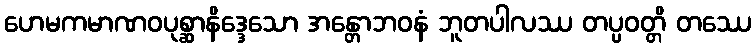
ဟေမကမာဏဝပုစ္ဆာနိဒ္ဒေသော အန္တောဘဝနံ ဘူတပါလဿ တပ္ပဝတ္တိ တဿေ